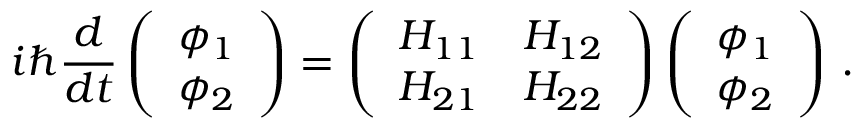
i \hbar \frac { d } { d t } \left( \begin{array} { l } { \phi _ { 1 } } \\ { \phi _ { 2 } } \end{array} \right) = \left( \begin{array} { l l } { H _ { 1 1 } } & { H _ { 1 2 } } \\ { H _ { 2 1 } } & { H _ { 2 2 } } \end{array} \right) \left( \begin{array} { l } { \phi _ { 1 } } \\ { \phi _ { 2 } } \end{array} \right) \, .